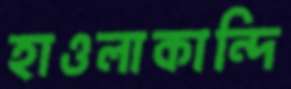
হাওলাকান্দি